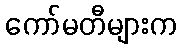
ကော်မတီများက